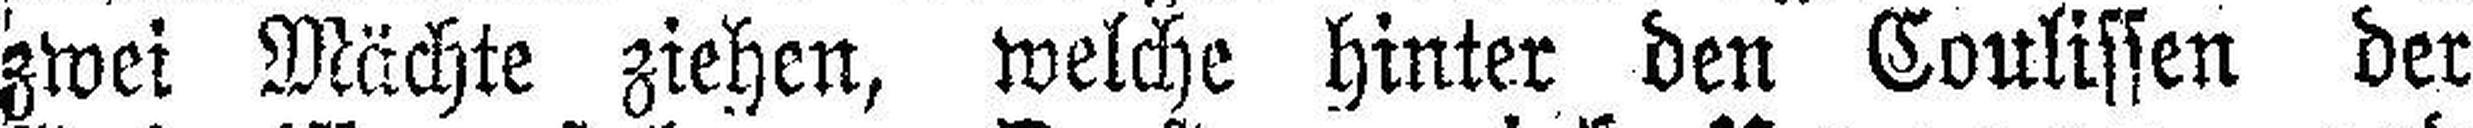
zwei Mächte ziehen, welche hinter den Coulissen der